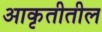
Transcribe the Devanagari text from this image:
आकृतीतील